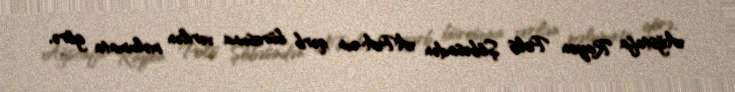
Ağstafa Rayon Polis Şöbəsindən APA-nın qərb bürosuna verilən məlumata görə,